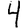
Digit: 4